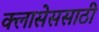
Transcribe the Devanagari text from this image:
क्लासेससाठी